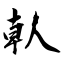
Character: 倝